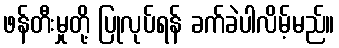
ဖန်တီးမှုတို့ ပြုလုပ်ရန် ခက်ခဲပါလိမ့်မည်။